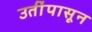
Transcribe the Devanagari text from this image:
उतींपासून